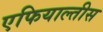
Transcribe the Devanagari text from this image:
एफियाल्तीस